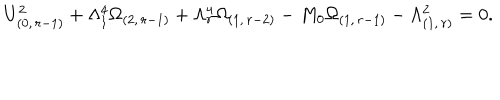
LaTeX: U _ { ( 0 , \, r - 1 ) } ^ { 2 } + \Lambda _ { 1 } ^ { 4 } \Omega _ { ( 2 , \, r - 1 ) } + \Lambda _ { r } ^ { 4 } \Omega _ { ( 1 , \, r - 2 ) } - M _ { 0 } \Omega _ { ( 1 , \, r - 1 ) } - \Lambda _ { ( 1 , \, r ) } ^ { 2 } = 0 .